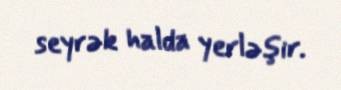
seyrək halda yerləşir.